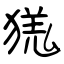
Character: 獇